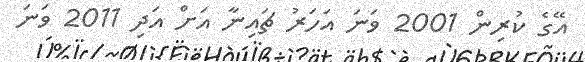
އޭގެ ކުރިން 2001 ވަނަ އަހަރު ޗައިނާ އަށް އަދި 2011 ވަނަ